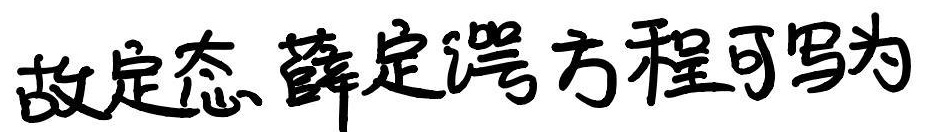
故定态薛定谔方程可写为